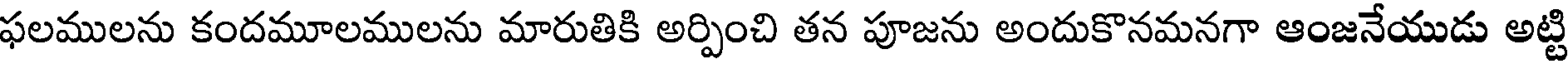
ఫలములను కందమూలములను మారుతికి అర్పించి తన పూజను అందుకొనమనగా ఆంజనేయుడు అట్టి